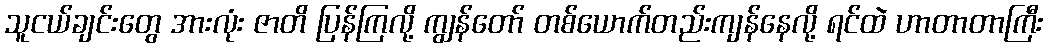
သူငယ်ချင်းတွေ အားလုံး ဇာတိ ပြန်ကြလို့ ကျွန်တော် တစ်ယောက်တည်းကျန်နေလို့ ရင်ထဲ ဟာတာတာကြီး